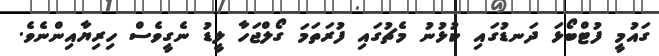
ގައުމީ ފުޓްބޯޅަ ދަނޑުގައި ކުޅުނު މެޗުގައި ފުރަތަމަ ގޯލްޖަހާ ލީޑު ނެގީވެސް ހިރިޔާއިންނެވެ.